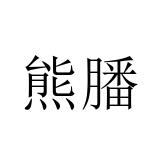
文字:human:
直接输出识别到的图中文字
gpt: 熊膰